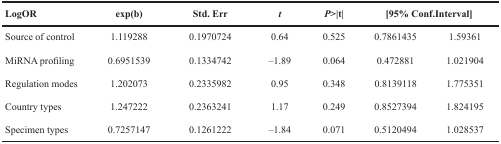
<table><thead><tr><td><b>LogOR</b></td><td><b>exp(b)</b></td><td><b>Std. Err</b></td><td><b><i>t</i></b></td><td><b><i>P</i>&gt;|t|</b></td><td colspan="2"><b>[95% Conf.Interval]</b></td></tr></thead><tbody><tr><td>Source of control</td><td>1.119288</td><td>0.1970724</td><td>0.64</td><td>0.525</td><td>0.7861435</td><td>1.59361</td></tr><tr><td>MiRNA profiling</td><td>0.6951539</td><td>0.1334742</td><td>–1.89</td><td>0.064</td><td>0.472881</td><td>1.021904</td></tr><tr><td>Regulation modes</td><td>1.202073</td><td>0.2335982</td><td>0.95</td><td>0.348</td><td>0.8139118</td><td>1.775351</td></tr><tr><td>Country types</td><td>1.247222</td><td>0.2363241</td><td>1.17</td><td>0.249</td><td>0.8527394</td><td>1.824195</td></tr><tr><td>Specimen types</td><td>0.7257147</td><td>0.1261222</td><td>–1.84</td><td>0.071</td><td>0.5120494</td><td>1.028537</td></tr></tbody></table>